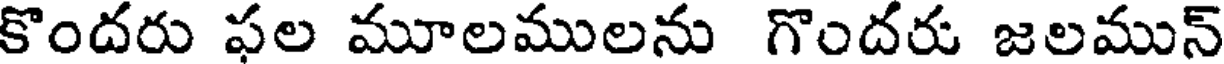
కొందరు ఫల మూలములను గొందరు జలమున్